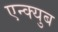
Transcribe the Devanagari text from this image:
एन्क्युब